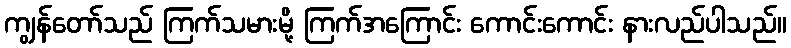
ကျွန်တော်သည် ကြက်သမားမို့ ကြက်အကြောင်း ကောင်းကောင်း နားလည်ပါသည်။